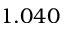
1 . 0 4 0